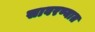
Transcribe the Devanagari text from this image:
सावरण्यात